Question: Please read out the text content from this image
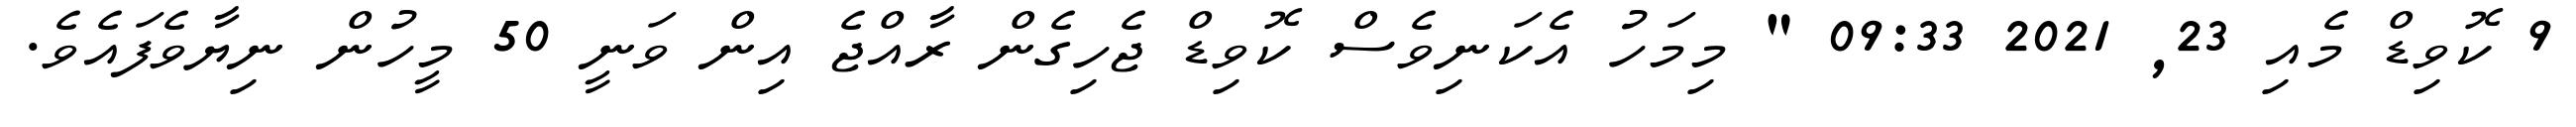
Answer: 9 ކޮވިޑް މެއި 23, 2021 09:33 " މިމަހު އެކަނިވެސް ކޮވިޑް ޖެހިގެން ރާއްޖެ އިން ވަނީ 50 މީހުން ނިޔާވެފައެވެ.